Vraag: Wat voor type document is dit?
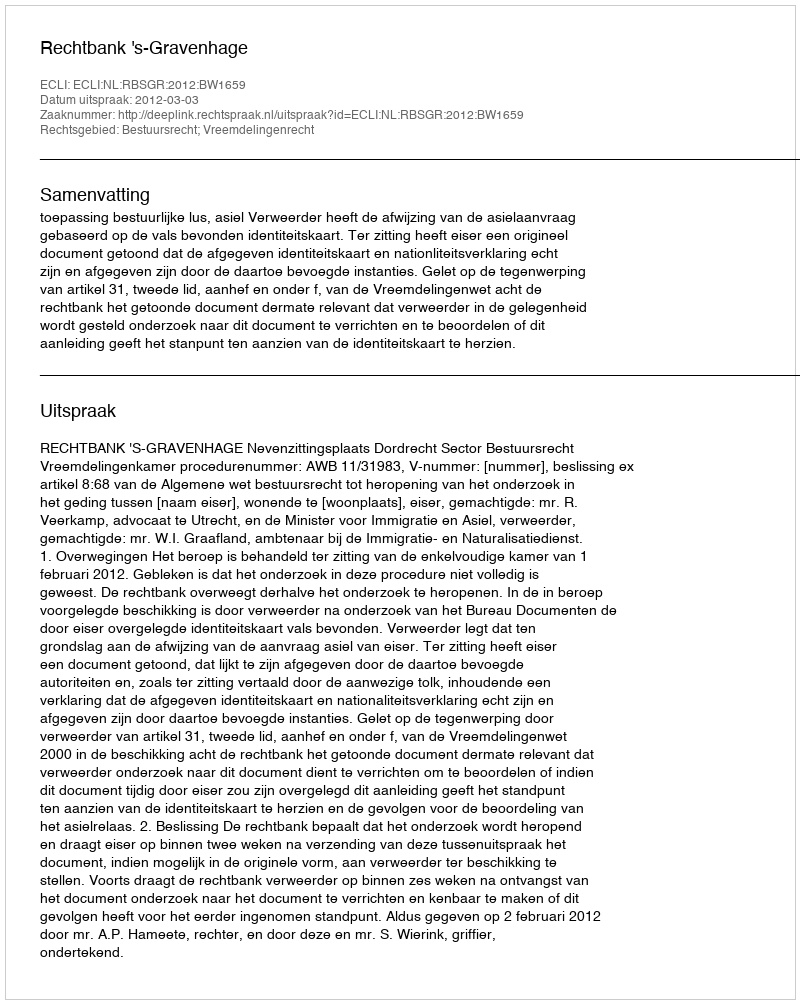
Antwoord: Uitspraak